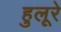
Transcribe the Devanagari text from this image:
हुलूरे